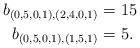
LaTeX: \begin{align*} b_{(0,5,0,1),(2,4,0,1)} &= 15 \\ b_{(0,5,0,1),(1,5,1)} &= 5.\end{align*}